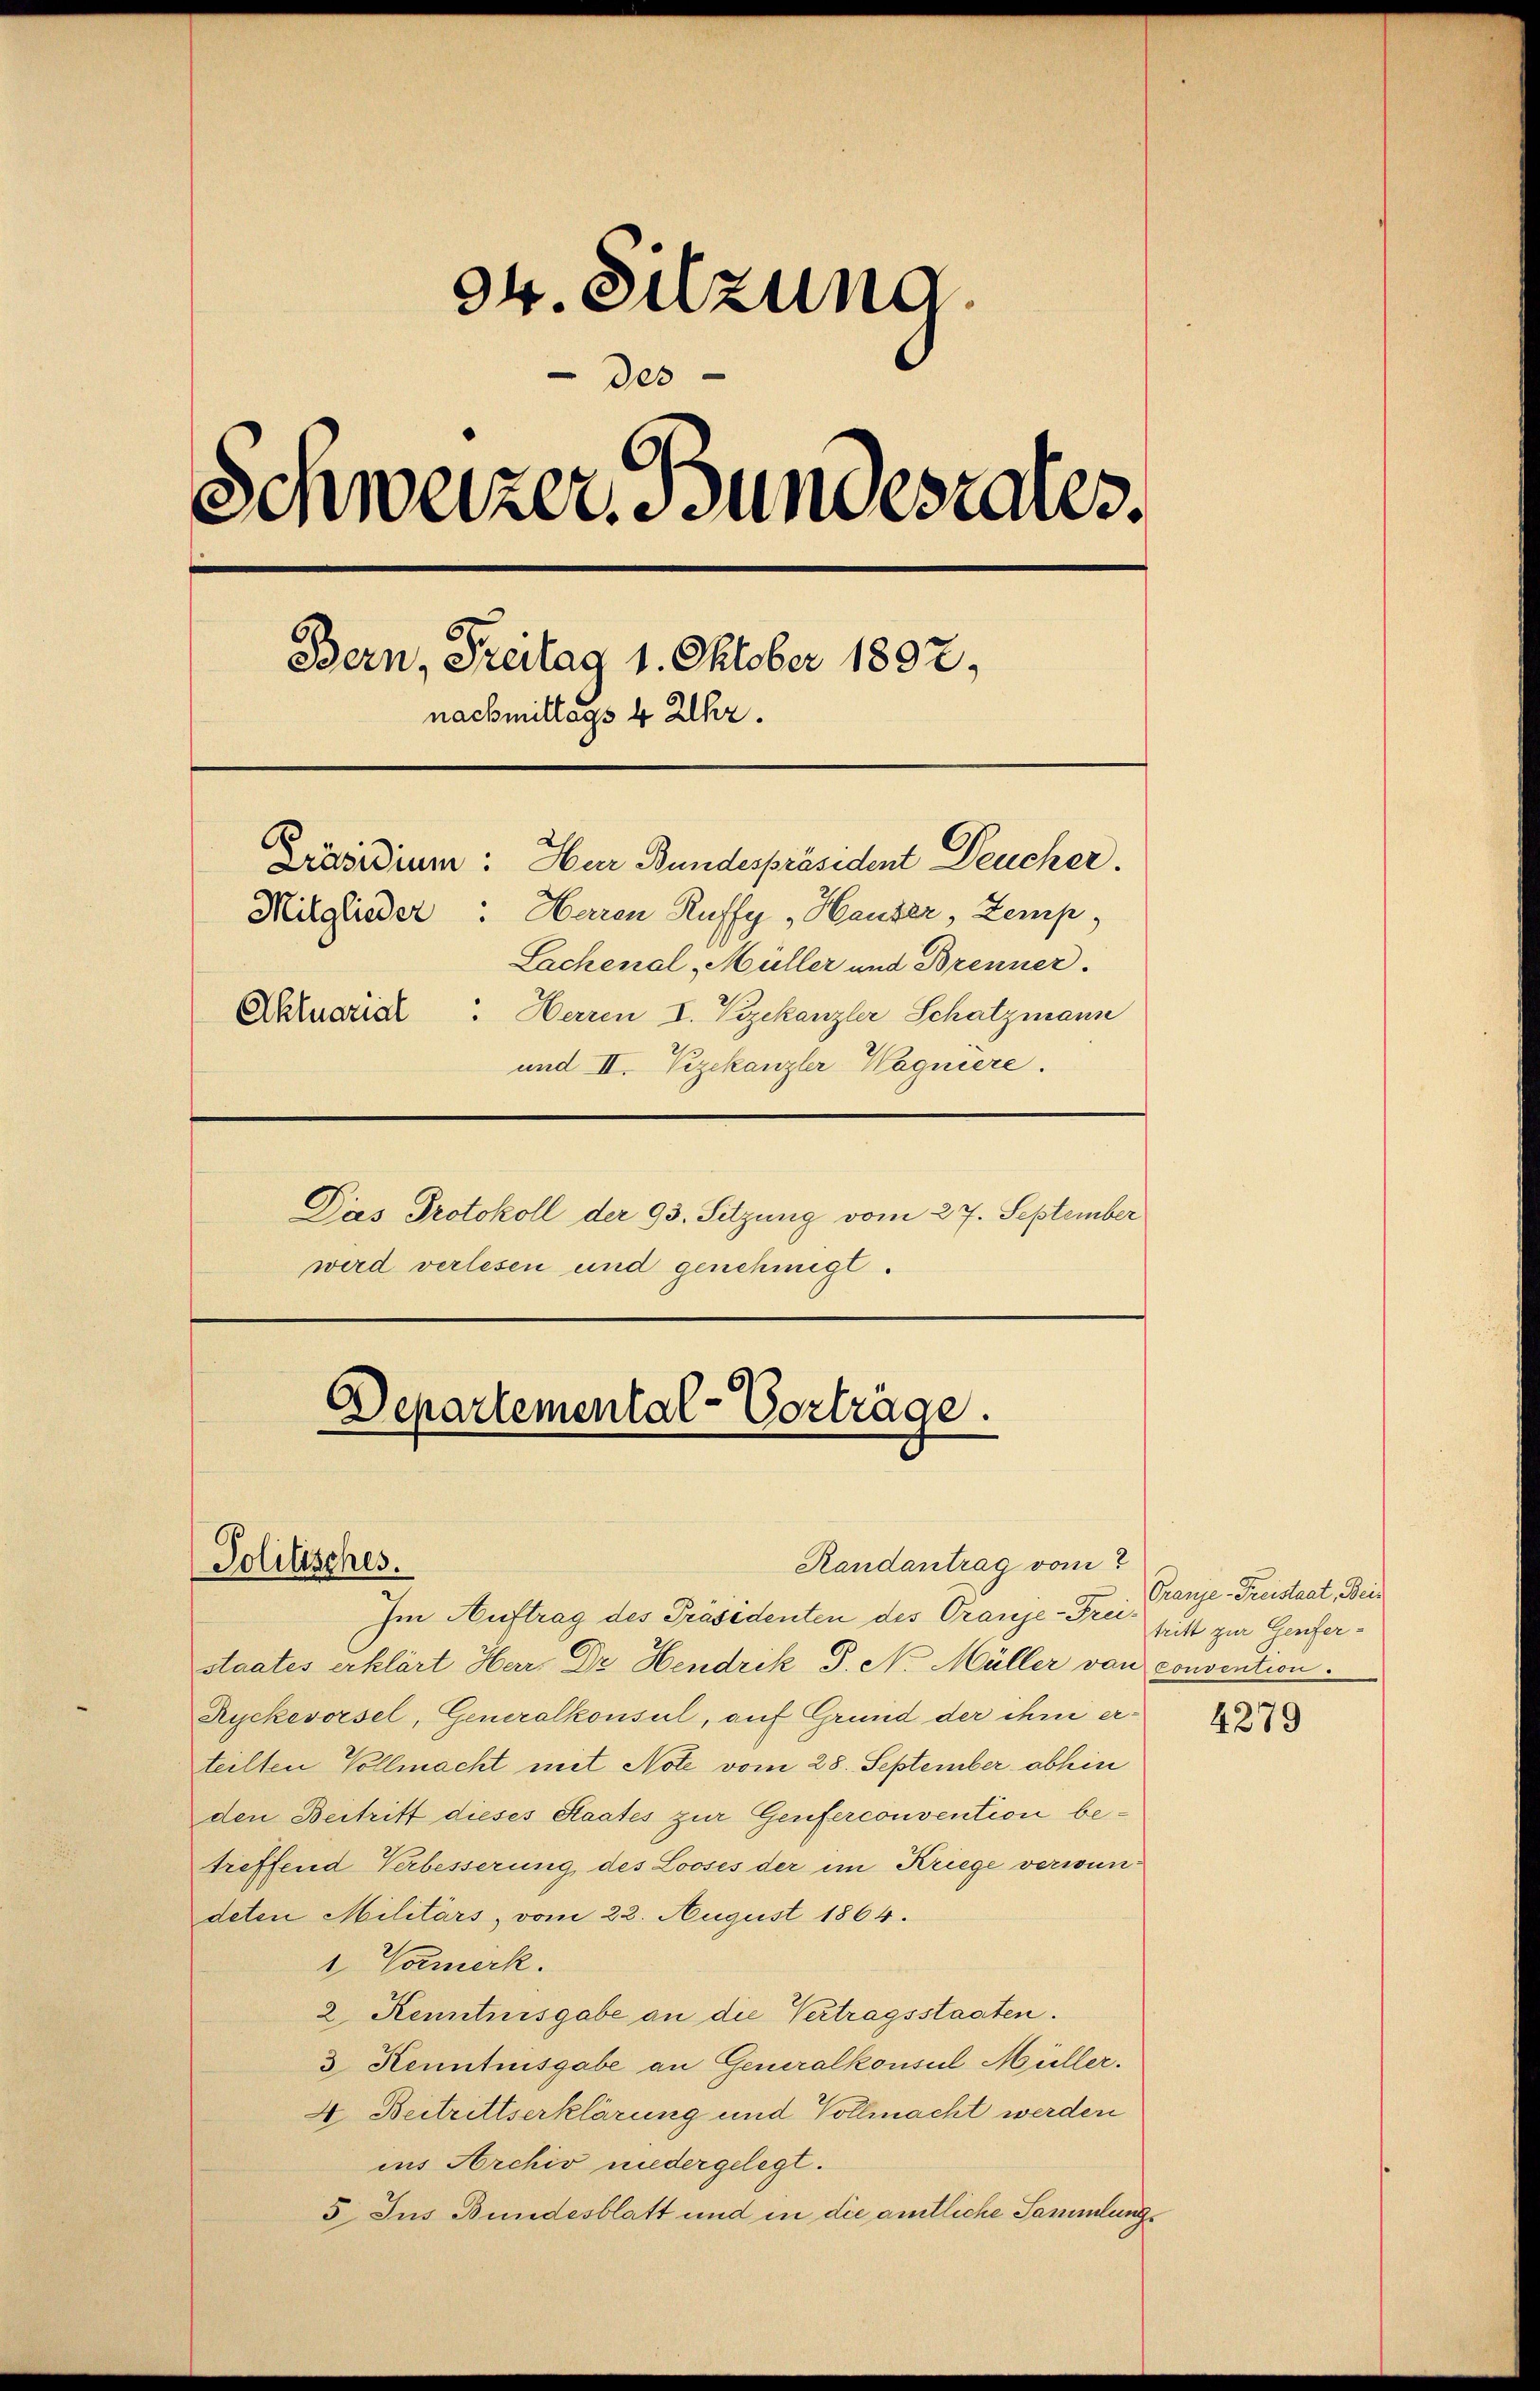
34. Sitzung.
" des
denweizer Bundesrates.
Bern, Freitag 1. Oktober 1892,
nachmittags 4 Uhr.
Präsidium: Hur Bundespräsident Deucher.
Mitglieder: Haren Ruffy, Hauser, Zemp,
Sachenal, Müller und Brenner.
Aklusrich. Herren I. Vizekanzler Schatzmann
und II. Vizekanzler Wagniere.
Das Protokoll der 93. Sitzung vom 27. September
wird verlesen und genehmigt.

Politisches.

Departemental-Vorträge.

Im Auftrag des Präsidenten des Oranje-Freistaates erklärt Herr Dr. Hendrik S. N. Müller von convention.
Ryckevorsel, Generalkonsul, auf Grund der chrii er-
teilten Vollmacht mit Note vom 28. September abhin
den Beitritt dieses Staates zur Genferconvention betreffend Verbesserung des Looses der im Kriege verwundeten Militärs, vom 22. August 1864.
1. Vormerk.
2 Kenntnisgabe an die Vertragsstaaten.
3 Kenntnisgabe an Generalkonsul Müller.
4. Beitrittserklärung und Vollmacht werden
ins Archiv niedergelegt.
3. Jus Bundesblatt und in die amtliche Sammlung

Randantrag vom

Pranje Freistaat, Beis
tritt zur Genfer-

4279